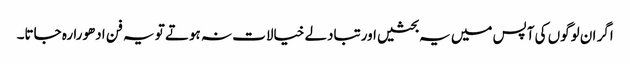
اگر ان لوگوں کی آپس میں یہ بحثیں اورتبادلے خیالات نہ ہوتے تو یہ فن ادھورا رہ جاتا۔